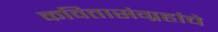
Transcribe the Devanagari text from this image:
कवितासंग्रहांचे